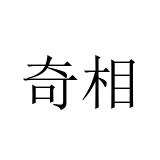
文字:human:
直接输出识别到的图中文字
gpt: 奇相